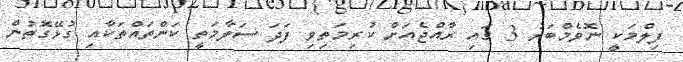
ފިލްމަކީ ނޮވެމްބަރު 3 ގައި ރާއްޖެއަށް ކުރިމަތިވި ފަދަ ސަލާމަތީ ކަންތައްތަކާއި ގުޅޭގޮތުން